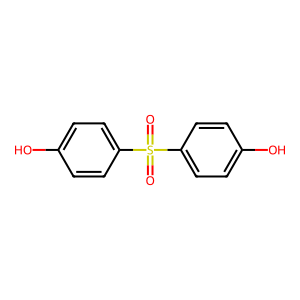
SMILES: O=S(=O)(c1ccc(O)cc1)c1ccc(O)cc1
Inhibits HIV replication: No